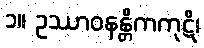
၁။ ဥဿာဝနန္တိကကုဋိ၊